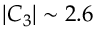
| C _ { 3 } | \sim 2 . 6